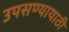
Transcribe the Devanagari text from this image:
उपसण्यायाठी